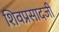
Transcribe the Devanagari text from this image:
शिवप्रसादजी